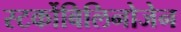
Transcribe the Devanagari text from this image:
स्‍टर्कोबिलिनोजेन